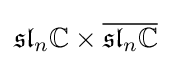
{\mathfrak {sl}}_{n}\mathbb {C} \times {\overline {{\mathfrak {sl}}_{n}\mathbb {C} }}